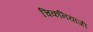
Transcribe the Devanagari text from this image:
चिकनियांजी